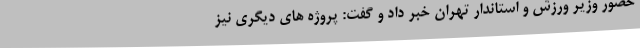
حضور وزیر ورزش و استاندار تهران خبر داد و گفت: پروژه های دیگری نیز